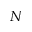
N